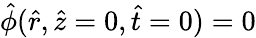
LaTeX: \hat{\phi}(\hat{r},\hat{z}=0,\hat{t}=0)=0